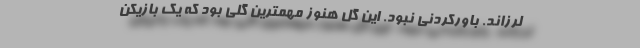
لرزاند. باورکردنی نبود. این گل هنوز مهمترین گلی بود که یک بازیکن